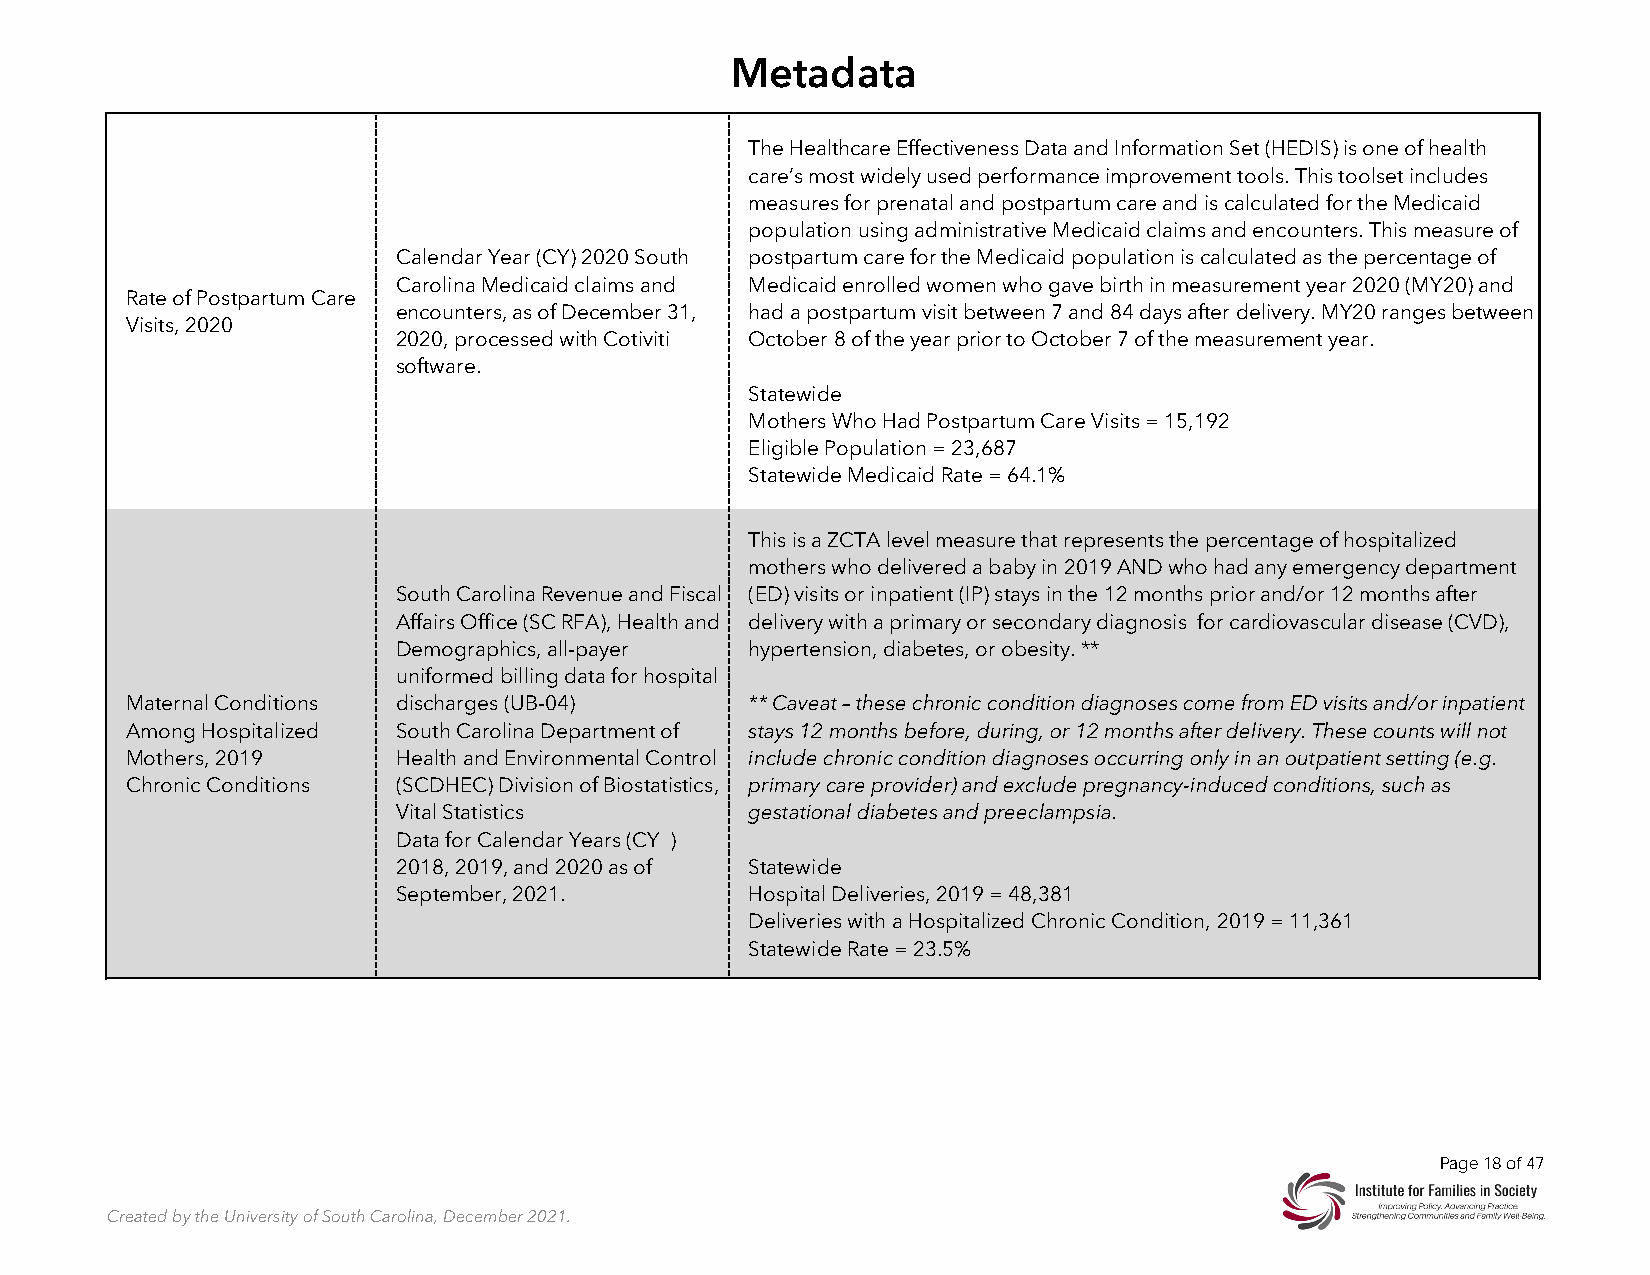
Metadata
 The Healthcare Effectiveness Data and Information Set (HEDIS) is one of health
 care’s most widely used performance improvement tools. This toolset includes
 measures for prenatal and postpartum care and is calculated for the Medicaid
 population using administrative Medicaid claims and encounters. This measure of
 Calendar Year (CY) 2020 South postpartum care for the Medicaid population is calculated as the percentage of
 Carolina Medicaid claims and Medicaid enrolled women who gave birth in measurement year 2020 (MY20) and
 Rate of Postpartum Care
 encounters, as of December 31, had a postpartum visit between 7 and 84 days after delivery. MY20 ranges between
 Visits, 2020
 2020, processed with Cotiviti October 8 of the year prior to October 7 of the measurement year.
 software.
 Statewide
 Mothers Who Had Postpartum Care Visits = 15,192
 Eligible Population = 23,687
 Statewide Medicaid Rate = 64.1%
 This is a ZCTA level measure that represents the percentage of hospitalized
 mothers who delivered a baby in 2019 AND who had any emergency department
 South Carolina Revenue and Fiscal (ED) visits or inpatient (IP) stays in the 12 months prior and/or 12 months after
 Affairs Office (SC RFA), Health and delivery with a primary or secondary diagnosis for cardiovascular disease (CVD),
 Demographics, all-payer hypertension, diabetes, or obesity. **
 uniformed billing data for hospital
 Maternal Conditions discharges (UB-04)   ** Caveat – these chronic condition diagnoses come from ED visits and/or inpatient
 Among Hospitalized South Carolina Department of stays 12 months before, during, or 12 months after delivery. These counts will not
 Mothers, 2019     Health and Environmental Control include chronic condition diagnoses occurring only in an outpatient setting (e.g.
 Chronic Conditions (SCDHEC) Division of Biostatistics, primary care provider) and exclude pregnancy-induced conditions, such as
 Vital Statistics       gestational diabetes and preeclampsia.
 Data for Calendar Years (CY )
 2018, 2019, and 2020 as of Statewide
 September, 2021.       Hospital Deliveries, 2019 = 48,381
 Deliveries with a Hospitalized Chronic Condition, 2019 = 11,361
 Statewide Rate = 23.5%
 Page 18 of 47
 Created by the University of South Carolina, December 2021.